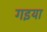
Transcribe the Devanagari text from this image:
गइया